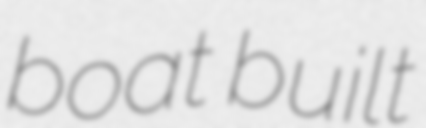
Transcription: boat built